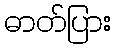
ဓာတ်ပြား